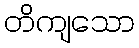
တိကျသော